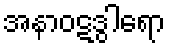
အနာဝဋဒွါရော